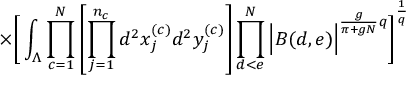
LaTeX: \times \Bigg [ \int _ { \Lambda } \prod _ { c = 1 } ^ { N } \left[ \prod _ { j = 1 } ^ { n _ { c } } d ^ { 2 } x _ { j } ^ { ( c ) } d ^ { 2 } y _ { j } ^ { ( c ) } \right] \prod _ { d < e } ^ { N } \Big | B ( d , e ) \Big | ^ { \frac { g } { \pi + g N } q } \Bigg ] ^ { \frac { 1 } { q } }